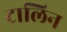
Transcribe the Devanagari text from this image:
टालिन